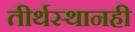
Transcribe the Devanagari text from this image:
तीर्थस्थानही